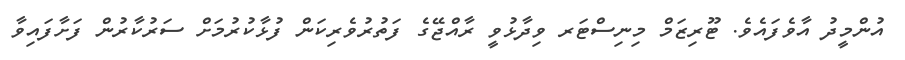
އުންމީދު އާވެފައެވެ. ޓޫރިޒަމް މިނިސްޓަރ ވިދާޅުވީ ރާއްޖޭގެ ފަތުރުވެރިކަން ފުޅާކުރުމަށް ސަރުކާރުން ފަށާފައިވާ